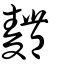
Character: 麷